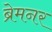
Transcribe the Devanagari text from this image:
ब्रेमनर